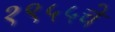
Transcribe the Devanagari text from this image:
१९५५चे